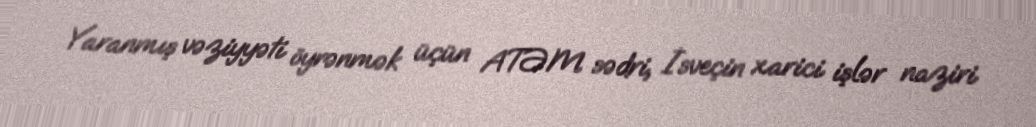
Yaranmış vəziyyəti öyrənmək üçün ATƏM sədri, İsveçin xarici işlər naziri